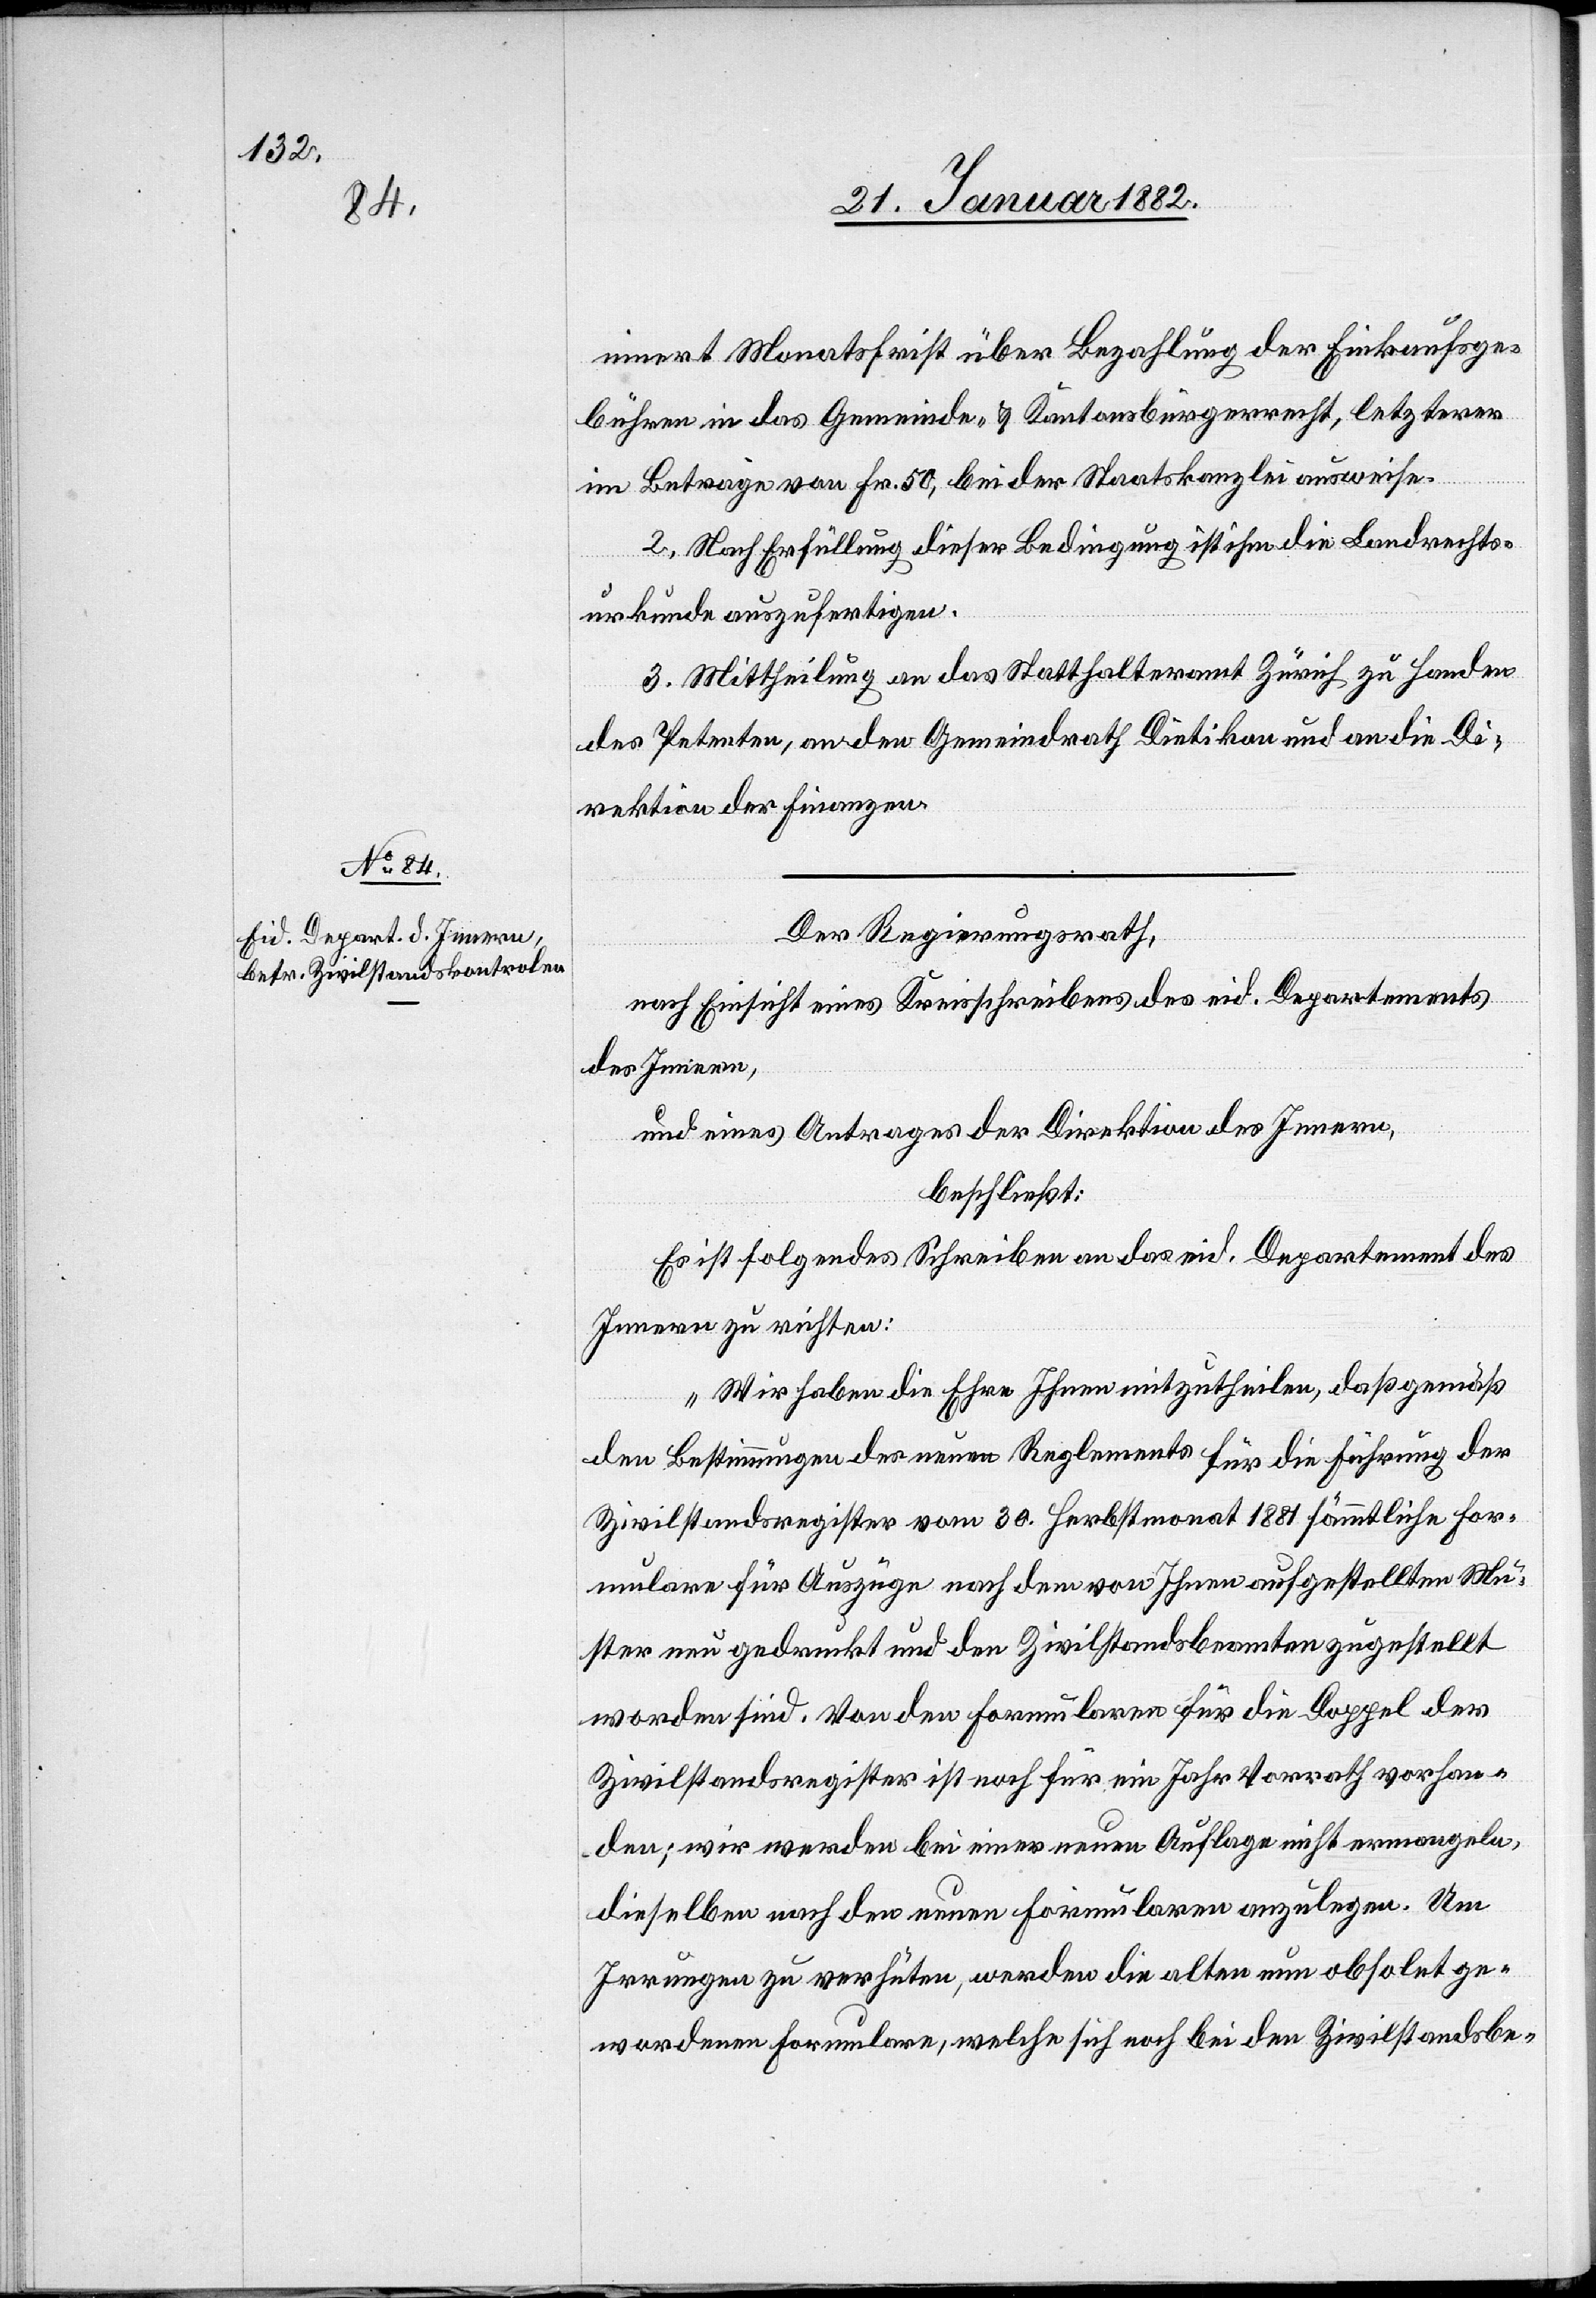
innert Monatsfrist über Bezahlung der Einkaufsge¬
bühren in das Gemeinde- & Kantonsbürgerrecht, letzterer
im Betrage von Fr. 50, bei der Staatskanzlei ausweise.
2. Nach Erfüllung dieser Bedingung ist ihm die Landrechts¬
urkunde auszufertigen.
3. Mittheilung an das Statthalteramt Zürich zu Handen
des Petenten, an den Gemeindrath Dietikon und an die Di¬
rektion der Finanzen.
Der Regierungsrath,
nach Einsicht eines Kreisscheibens des eid. Departements
des Innern,
und eines Antrages der Direktion des Innern,
beschließt:
Es ist folgendes Schreiben an das eid. Departement des
Innern zu richten:
„Wir haben die Ehre Ihnen mitzutheilen, daß gemäß
den Bestimmungen des neuen Reglements für die Führung der
Zivilstandsregister vom 30. Herbstmonat 1881 sämmtliche For¬
mulare für Auszüge nach dem von Ihnen aufgestellten Mu¬
ster neu gedruckt und den Zivilstandsbeamten zugestellt
worden sind. Von den Formularen für die Doppel des
Zivilstandsregisters ist noch für ein Jahr Vorrath vorhan¬
den; wir werden bei einer neuen Auflage nicht ermangeln,
dieselben nach den neuen Formularen anzulegen. Um
Irrungen zu verhüten, werden die alten nun obsolet ge¬
wordenen Formulare, welche sich noch bei den Zivilstandsbe-